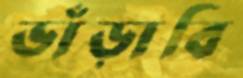
ভাঁড়াবি